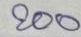
200